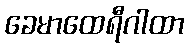
ခေမာထေရီဂါထာ